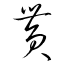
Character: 貰